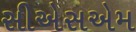
સીએસએમ